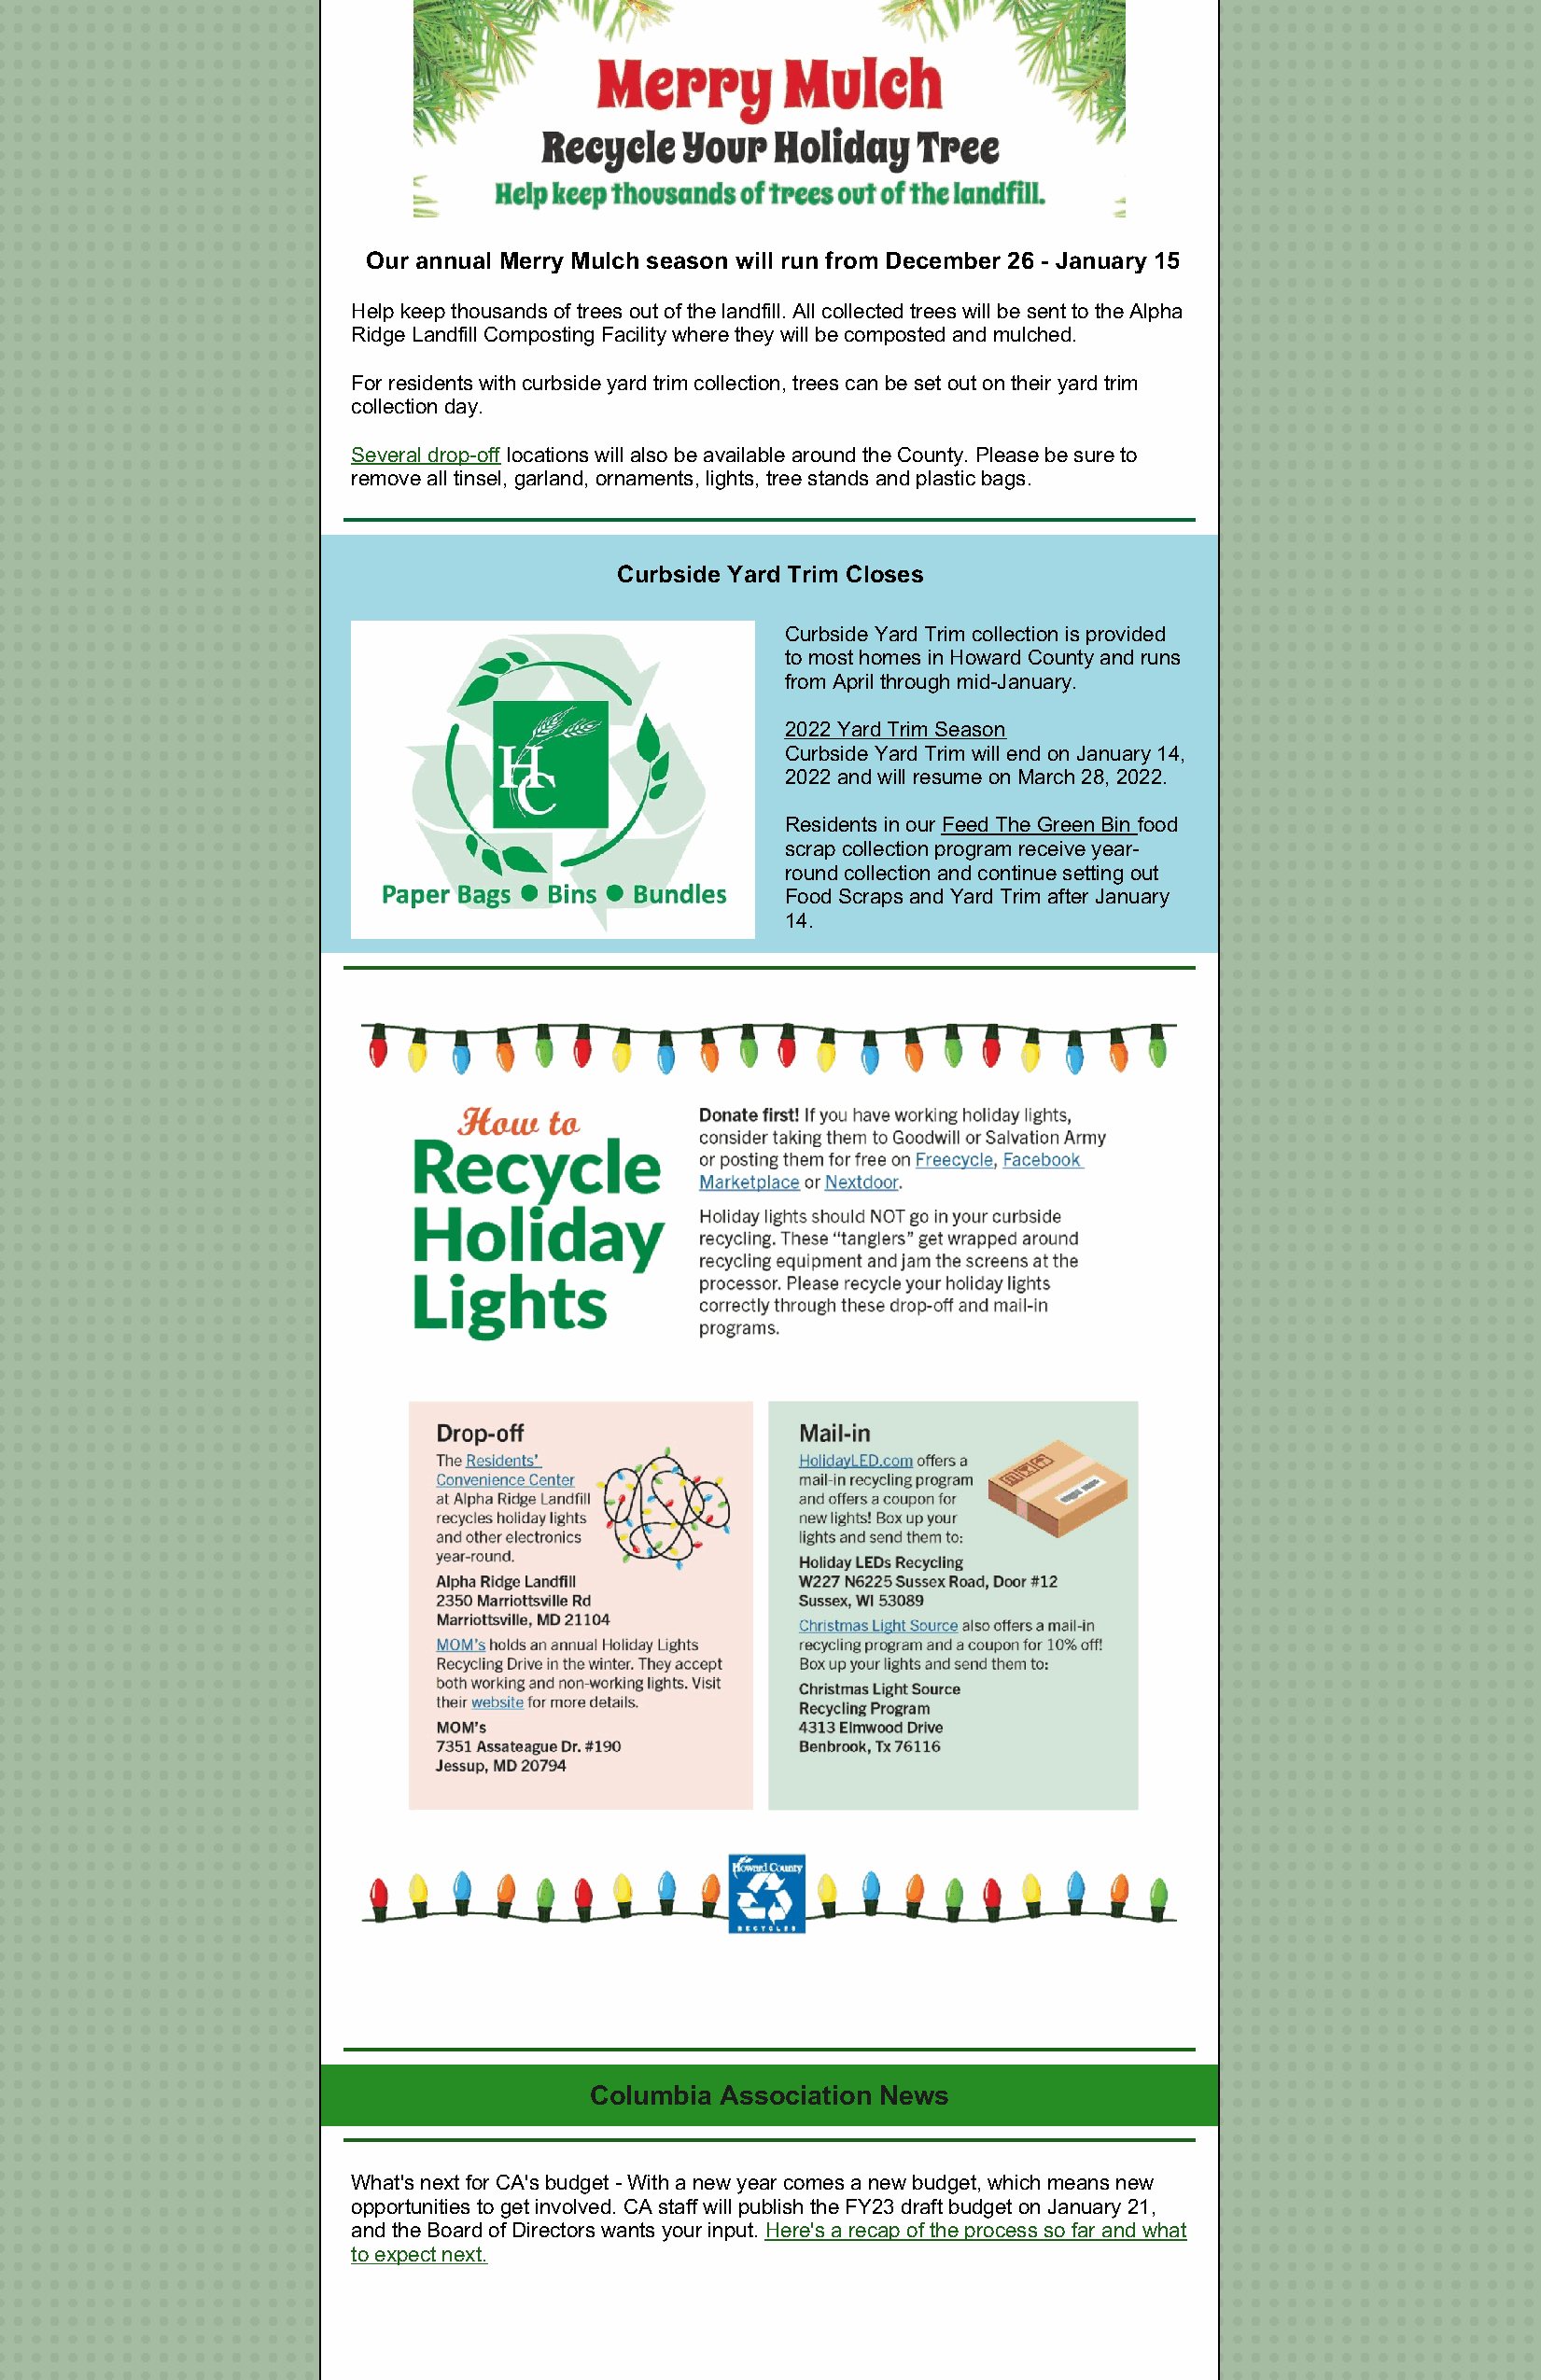
Our annual Merry Mulch season will run from December 26 - January 15
 Help keep thousands of trees out of the landfill. All collected trees will be sent to the Alpha
 Ridge Landfill Composting Facility where they will be composted and mulched.
 For residents with curbside yard trim collection, trees can be set out on their yard trim
 collection day.
 Several drop-off locations will also be available around the County. Please be sure to
 remove all tinsel, garland, ornaments, lights, tree stands and plastic bags.
 Curbside Yard Trim Closes
 Curbside Yard Trim collection is provided
 to most homes in Howard County and runs
 from April through mid-January.
 2022 Yard Trim Season
 Curbside Yard Trim will end on January 14,
 2022 and will resume on March 28, 2022.
 Residents in our Feed The Green Bin food
 scrap collection program receive year-
 round collection and continue setting out
 Food Scraps and Yard Trim after January
 14.
 Columbia Association News
 What's next for CA's budget - With a new year comes a new budget, which means new
 opportunities to get involved. CA staff will publish the FY23 draft budget on January 21,
 and the Board of Directors wants your input. Here's a recap of the process so far and what
 to expect next.